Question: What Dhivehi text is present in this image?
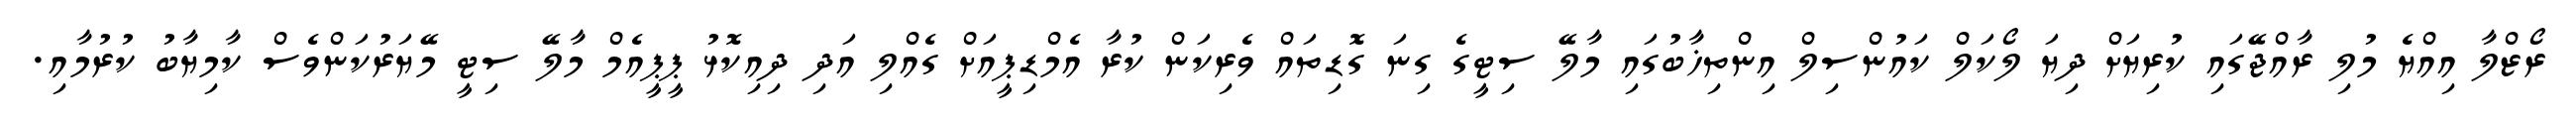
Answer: ރޯޒްލާ އިއްޔެ މުލި ރާއްޖޭގައި ކުރިޔަށް ދިޔަ ލޯކަލް ކައުންސިލް އިންތިޚާބުގައި މާލޭ ސިޓީގެ ގިނަ ގޮޑިތައް ވެރިކަން ކުރާ އެމްޑިޕީއަށް ގެއްލި އަދި ދިއިކޮޅު ޕީޕީއެމް މާލޭ ސިޓީ މޭޔަރުކަންވެސް ކާމިޔާބު ކުރުމާއި.